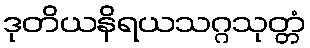
ဒုတိယနိရယသဂ္ဂသုတ္တံ